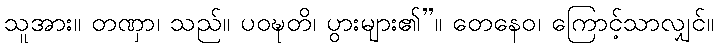
သူအား။ တဏှာ၊ သည်။ ပဝဍ္ဎတိ၊ ပွားများ၏”။ တေနေဝ၊ ကြောင့်သာလျှင်။